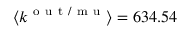
\langle k ^ { \mathrm { ~ o ~ u ~ t ~ / ~ m ~ u ~ } } \rangle = 6 3 4 . 5 4